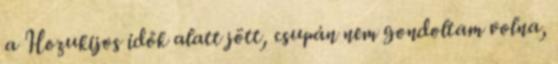
a Hozukijos idők alatt jött, csupán nem gondoltam volna,